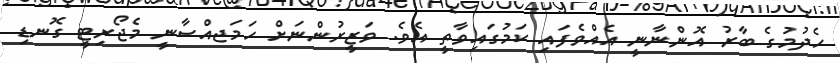
ހެދުމުގެ ބާރު އޮންނާނީ އެއްވެފައި ކަމުގައިވާތީ އެވެ. ވަޒީރުންނަށް ހަމަޖއްސާނީ މެޖޯރިޓީ ގޮނޑި